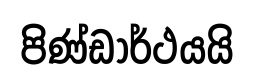
පිණ්ඩාර්ථයයි